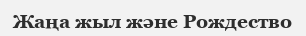
Жаңа жыл және Рождество